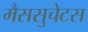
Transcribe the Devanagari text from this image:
मैससुचेटस